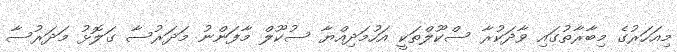
މިއަހަރުގެ މިބާރާތުގައި ވާދަކުރާ ސްކޫލްތަކީ އަހުމަދިއްޔާ ސުކޫލް މާފަންނު މަދަރުސާ ގަލޮޅު މަދަރުސާ